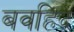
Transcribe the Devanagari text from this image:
बवहिद